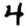
Digit: 4